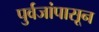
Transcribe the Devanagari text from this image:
पुर्वजांपासून